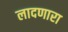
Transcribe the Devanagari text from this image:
लादणारा